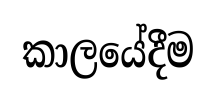
කාලයේදීම